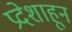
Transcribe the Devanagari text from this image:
प्रदेशाहून